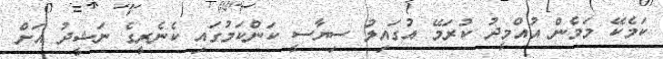
ކަމެކޭ މަމެން އުއްމީދު ކުރަމޭ އުގައިލު ސިޔާސީ ކަންކަމުގައި ކެނެރީގެ ނަޝީދު އަށް